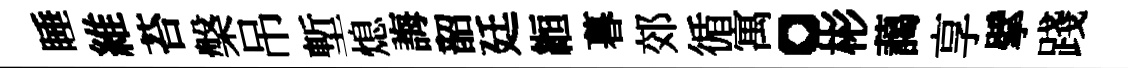
睡維苔槃吊塹熄誨韶廷縆暮郊循寓。彬藹享擘踐